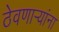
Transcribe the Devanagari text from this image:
ठेवणाऱ्यांना